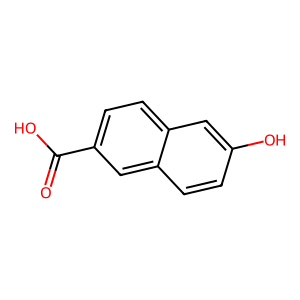
SMILES: O=C(O)c1ccc2cc(O)ccc2c1
Inhibits HIV replication: No